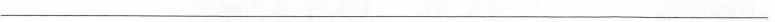
___